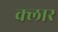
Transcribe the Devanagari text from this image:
क्लार